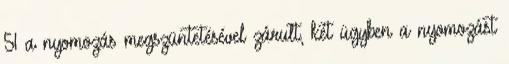
51 a nyomozás megszüntetésével zárult, két ügyben a nyomozást